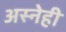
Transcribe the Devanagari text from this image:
अस्नेही